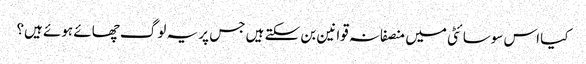
کیا اس سوسائٹی میں منصفانہ قوانین بن سکتے ہیں جس پر یہ لوگ چھائے ہوئے ہیں؟